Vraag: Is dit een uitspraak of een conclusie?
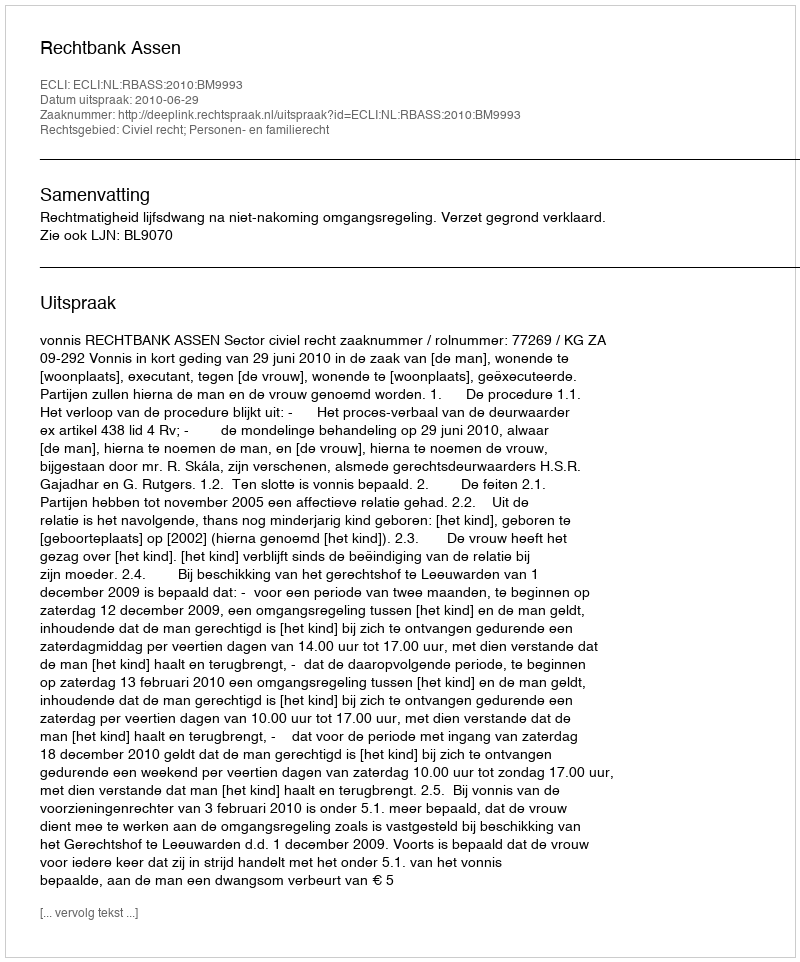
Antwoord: Uitspraak